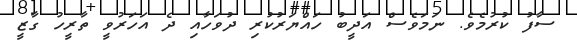
ސާފު ކުރުމެވެ. ނަމަވެސް އަދީބު ހައްޔަރުކުރި ދުވަހާއި ދެ އަހަރުވީ ތާރީހު ގާޒީ